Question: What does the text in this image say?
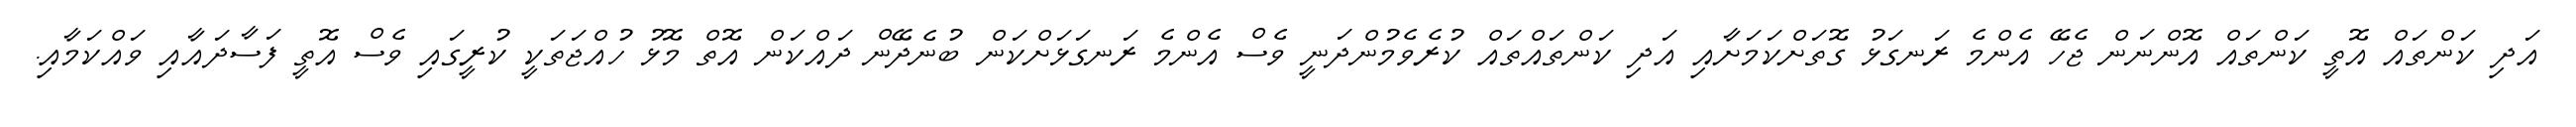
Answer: އަދި ކަންތައް އޮތީ ކަންތައް އޮންނަން ޖެހޭ އެންމެ ރަނގަޅު ގޮތަށްކަމަށާއި އަދި ކަންތައްތައް ކުރެވެމުންދަނީ ވެސް އެންމެ ރަނގަޅަށްކަން ބުނެދޭން ދައްކަން އޮތް މޮޅު ހުއްޖަތަކީ ކުރީގައި ވެސް އޮތީ ފަސާދައާއި ވައްކަމާއި.